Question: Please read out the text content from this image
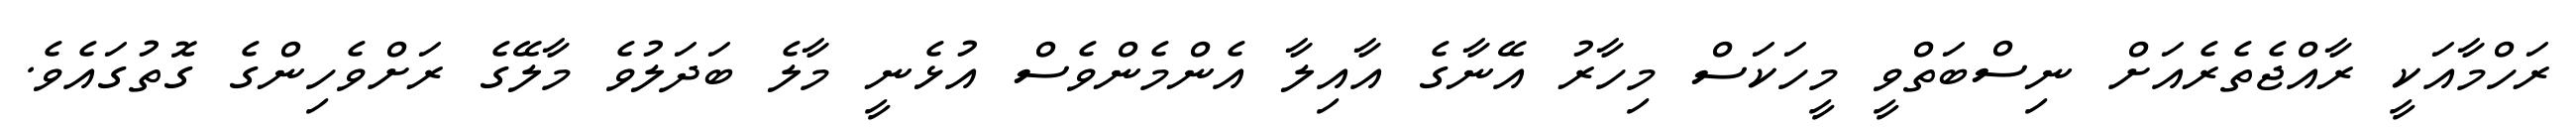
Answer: ރަހްމާއަކީ ރާއްޖެތެރެއަށް ނިސްބަތްވީ މީހަކަސް މިހާރު އޭނާގެ އާއިލާ އެންމެންވެސް އުޅެނީ މާލެ ބަދަލުވެ މާލޭގެ ރަށްވެހިންގެ ގޮތުގައެވެ.